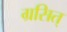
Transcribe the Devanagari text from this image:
ग्रसित्